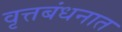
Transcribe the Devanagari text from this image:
वृत्तबंधनात